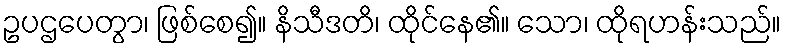
ဥပဌပေတွာ၊ ဖြစ်စေ၍။ နိသီဒတိ၊ ထိုင်နေ၏။ သော၊ ထိုရဟန်းသည်။